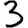
Digit: 3